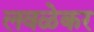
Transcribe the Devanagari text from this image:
लवळेकर